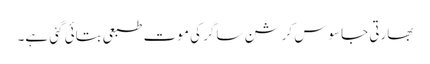
بھارتی جاسوس کرشن ساگر کی موت طبعی بتائی گئی ہے۔